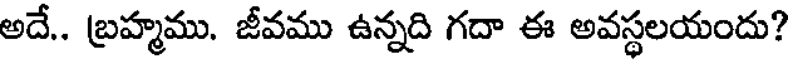
అదే.. బ్రహ్మము. జీవము ఉన్నది గదా ఈ అవస్థలయందు?